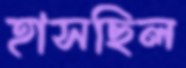
হাসছিল